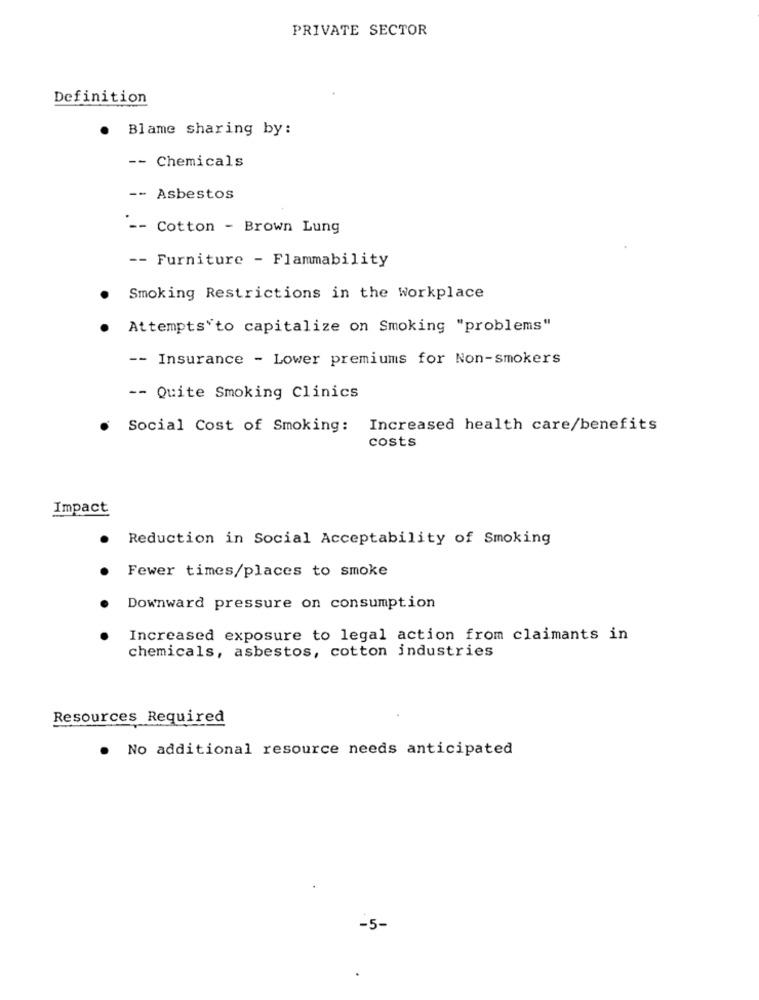
PRIVATE SECTOR
Definition
Blame sharing by:
- Chemicals
-- Asbestos
-- Cotton - Brown Lung
-- Furniture - Flammability
Smoking Restrictions in the Workplace
.
Attempts"to capitalize on Smoking "problems"
-- Insurance - Lower premiums for Non-smokers
-- Quite Smoking Clinics
Social Cost of Smoking: Increased health care/benefits
costs
Impact
Reduction in Social Acceptability of Smoking
Fewer times/places to smoke
Downward pressure on consumption
Increased exposure to legal action from claimants in
chemicals, asbestos, cotton industries
Resources Required
. No additional resource needs anticipated
-5-